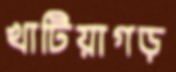
খাটিয়াগড়